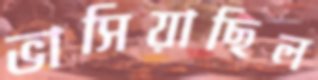
ভাসিয়াছিল